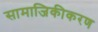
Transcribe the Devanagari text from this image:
सामाजिकीकरण